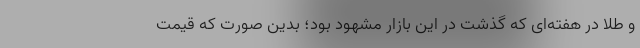
و طلا در هفته‌ای که گذشت در این بازار مشهود بود؛ بدین صورت که قیمت